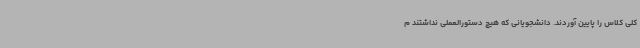
کلی کلاس را پایین آوردند. دانشجویانی که هیچ دستورالعملی نداشتند م